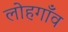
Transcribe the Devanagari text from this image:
लोहगाँव